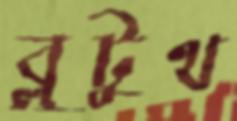
ব্লুটুথ